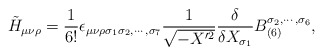
\begin{align*}\tilde{H}_{\mu\nu\rho}=\frac{1}{6!} \epsilon_{\mu\nu\rho\sigma_1\sigma_2,\cdots, \sigma_7}\frac{1}{\sqrt{-X'^{2}}} \frac{\delta}{\delta X_{\sigma_1}}B_{(6)}^{\sigma_2, \cdots,\sigma_6},\end{align*}